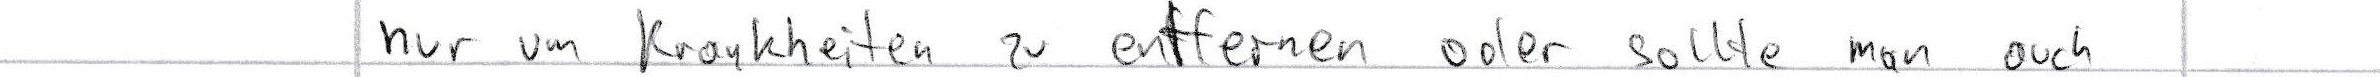
nur um Krankheiten zu entfernen oder sollte man auch